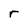
Character: r